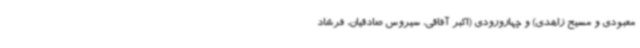
معبودی و مسیح زاهدی) و چهارورودی (اکبر آفاقی، سیروس صادقیان، فرشاد